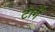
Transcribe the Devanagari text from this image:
टागें